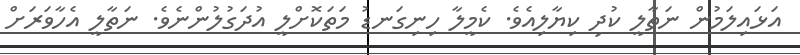
އަޅައިލަމުން ނަތާލީ ކުދި ކިޔާލިއެވެ. ކެމީލާ ހިނިގަނޑު މަތަކޮށްލީ އުދަގުލުންނެވެ. ނަތާލީ އެހާވަރަށް